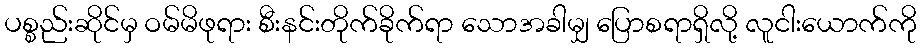
ပစ္စည်းဆိုင်မှ ဝမ်မိဖုရား စီးနင်းတိုက်ခိုက်ရာ သောအခါမျှ ပြောစရာရှိလို့ လူငါးယောက်ကို